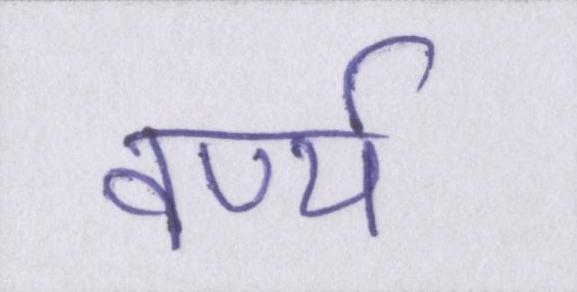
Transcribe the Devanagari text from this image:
वर्ण्य